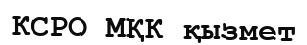
КСРО МҚК қызмет